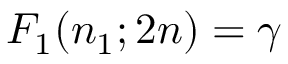
F _ { 1 } ( n _ { 1 } ; 2 n ) = \gamma